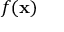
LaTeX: f ( \mathbf { x } )